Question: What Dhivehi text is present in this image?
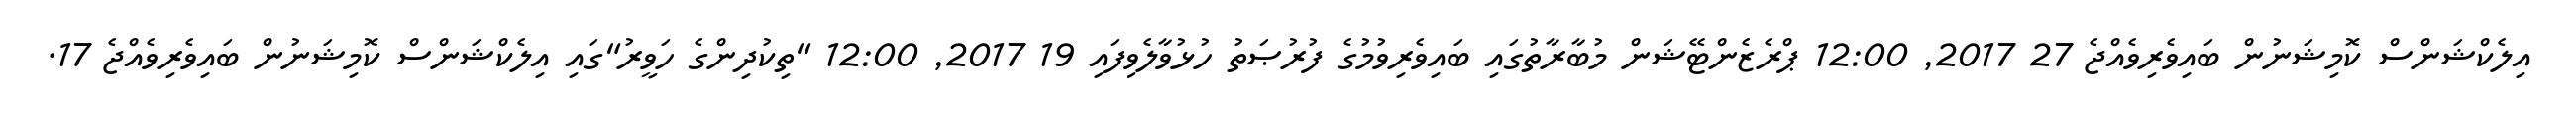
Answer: އިލެކްޝަންސް ކޮމިޝަނުން ބައިވެރިވެއްޖެ 27 2017, 12:00 ޕްރެޒެންޓޭޝަން މުބާރާތުގައި ބައިވެރިވުމުގެ ފުރުޞަތު ހުޅުވާލެވިފައި 19 2017, 12:00 "ތިކުދިންގެ ހަވީރު"ގައި އިލެކްޝަންސް ކޮމިޝަނުން ބައިވެރިވެއްޖެ 17.